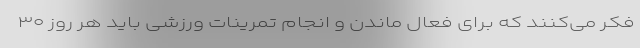
فکر می‌کنند که برای فعال ماندن و انجام تمرینات ورزشی باید هر روز ۳۰